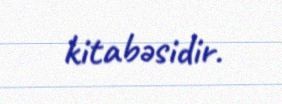
kitabəsidir.